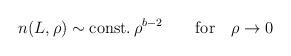
LaTeX: \begin{align*}n(L,\rho) \sim \mbox{const.}\, \rho^{b - 2} \qquad \mbox{for} \quad\rho \rightarrow 0\end{align*}